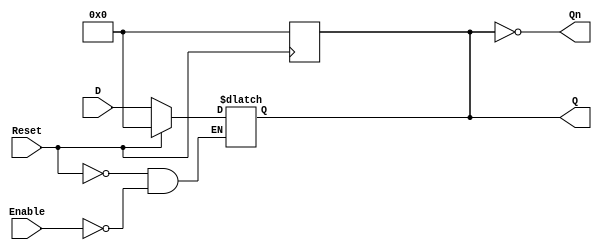
module LatchRegister #(
    parameter N = 8 // Number of bits in the register
)(
    input wire [N-1:0] D,       // Data Input
    input wire Enable,           // Control Signal (Enable)
    input wire Reset,            // Asynchronous Reset
    output reg [N-1:0] Q,        // Data Output
    output reg [N-1:0] Qn        // Complementary Output
);

    // Asynchronous reset logic
    always @(posedge Reset) begin
        Q <= {N{1'b0}};           // Initialize all bits to 0
    end

    // Latch logic for storing data
    always @(*) begin
        if (Reset) begin
            Q <= {N{1'b0}};       // Reset output to known state
        end else if (Enable) begin
            Q <= D;               // Store input data when enabled
        end
    end

    // Complementary output generation
    always @(*) begin
        Qn = ~Q;                  // Inverse of Q
    end

endmodule